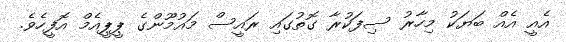
އެއީ އެއް ބަޔަކު މިހާރު ސިފަކުރާ ގޮތުގައި ރައީސް މައުމޫންގެ ޕީޕީއެމް އޮފީހެވެ.